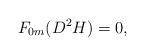
LaTeX: \begin{align*}F_{0m}(D^2 H)=0,\end{align*}